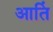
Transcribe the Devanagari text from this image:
आतिं